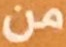
من